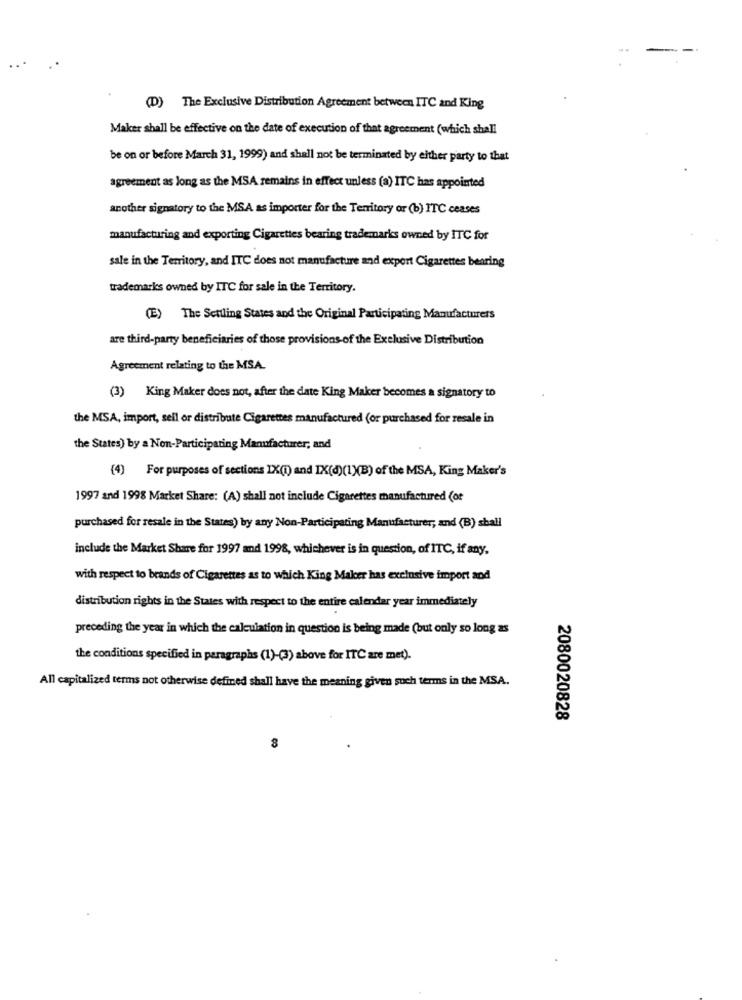
(D) The Exclusive Distribution Agreement between ITC and King
Maker shall be effective on the date of execution of that agreement (which shall
be on or before March 31, 1999) and shall not be terminated by either party to that
agreement as long as the MSA remains in effect unless (a) ITC has appointed
another signatory to the MS.A as importer for the Territory or (b) ITC ceases
manufacturing and exporting Cigarettes bearing trademarks owned by ITC for
sale in the Territory, and ITC does not manufacture and export Cigarettes bearing
trademarks owned by ITC for sale in the Territory.
(E) The Settling States and the Original Participating Manufacturers
are third-party beneficiaries of those provisions of the Exclusive Distribution
Agreement relating to the MSA.
(3) King Maker does not, after the date King Maker becomes a signatory to
the MSA, import, sell or distribute Cigarettes manufactured (or purchased for resale in
the States) by a Non-Participating Manufacturer, and
(4) For purposes of sections IX(1) and IX(d)(1)(B) of the MSA, King Maker's
1997 and 1998 Market Share: (A) shall not include Cigarettes manufactured (of
purchased for resale in the States) by any Non-Participating Manufacturer; and (B) shall
include the Market Share for 1997 and 1998, whichever is in question, of ITC, if any,
with respect to brands of Cigarettes as to which King Maker has exclusive import and
distribution rights in the States with respect to the entire calendar year immediately
preceding the year in which the calculation in question is being made (but only so long as
the conditions specified in paragraphs (1)-(3) above for ITC are met).
All capitalized terms not otherwise defined shall have the meaning given such terms in the MSA.
2080020828
8